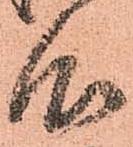
心